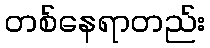
တစ်နေရာတည်း